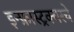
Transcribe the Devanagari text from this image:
इन्फ्रास्ट्रक्चरचे